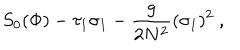
S _ { 0 } ( \Phi ) - \tau _ { 1 } \sigma _ { 1 } - { \frac { g } { 2 N ^ { 2 } } } ( \sigma _ { 1 } ) ^ { 2 } \ ,